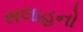
સલાહનો